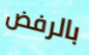
بالرفض